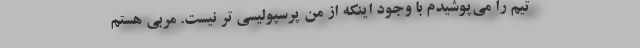
تیم را می‌پوشیدم با وجود اینکه از من پرسپولیسی تر نیست. مربی هستم